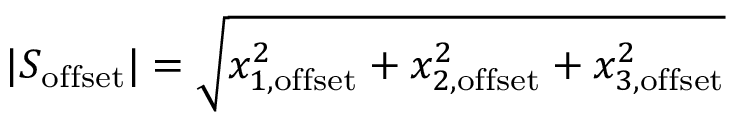
| S _ { \mathrm { o f f s e t } } | = \sqrt { x _ { 1 , \mathrm { o f f s e t } } ^ { 2 } + x _ { 2 , \mathrm { o f f s e t } } ^ { 2 } + x _ { 3 , \mathrm { o f f s e t } } ^ { 2 } }